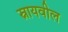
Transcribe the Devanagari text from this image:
स्नायवील